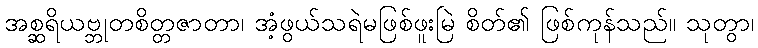
အစ္ဆရိယဗ္ဘုတစိတ္တဇာတာ၊ အံ့ဖွယ်သရဲမဖြစ်ဖူးမြဲ စိတ်၏ ဖြစ်ကုန်သည်။ သုတွာ၊